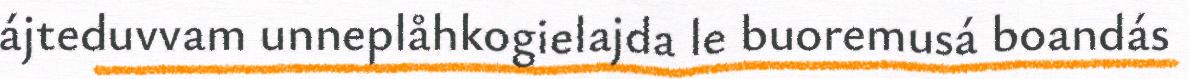
ájteduvvam unneplåhkogielajda le buoremusá boandás